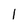
Character: 1